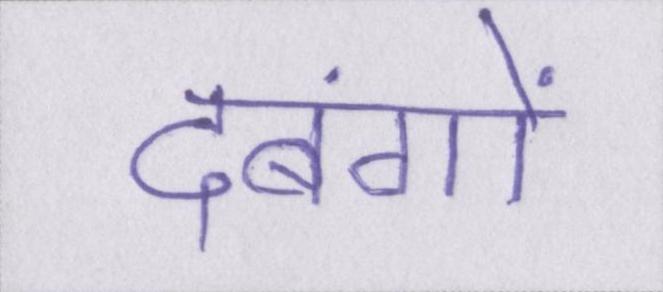
दबंगों